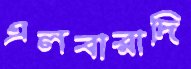
এলবারাদি